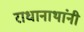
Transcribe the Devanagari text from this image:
राधानाथांनी